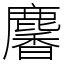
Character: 麘